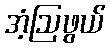
အံ့ဩဖွယ်